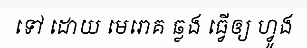
ទៅ ដោយ មេរោគ ឆ្លង ធ្វើឲ្យ ហ្វូង